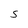
Character: S